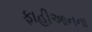
ફાહીઆનના